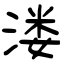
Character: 溇